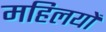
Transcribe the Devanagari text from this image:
महिलयों